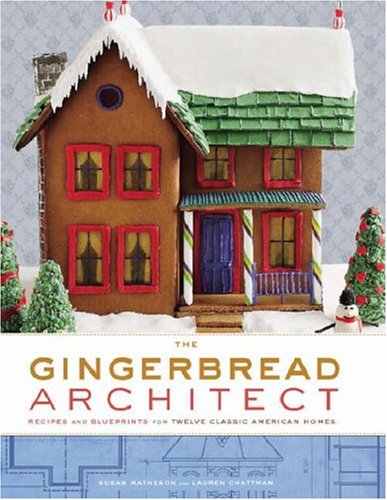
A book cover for The Gingerbread Architect: Recipes and Blueprints for Twelve Classic American Homes; Susan Matheson; Cookbooks, Food & Wine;